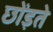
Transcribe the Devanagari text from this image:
छोंड़ते